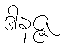
ဒါနဇ္ဇ